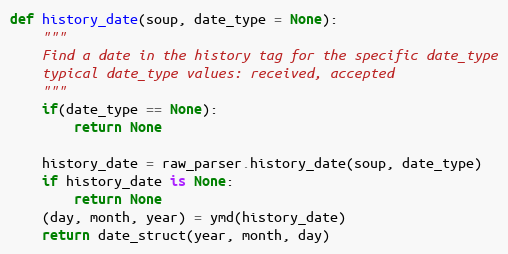
Language: Python
def history_date(soup, date_type = None):
    """
    Find a date in the history tag for the specific date_type
    typical date_type values: received, accepted
    """
    if(date_type == None):
        return None

    history_date = raw_parser.history_date(soup, date_type)
    if history_date is None:
        return None
    (day, month, year) = ymd(history_date)
    return date_struct(year, month, day)